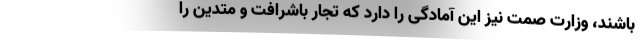
باشند، وزارت صمت نیز این آمادگی را دارد که تجار باشرافت و متدین را